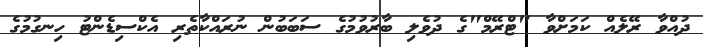
ދުއްވާ ރޭލެއް ކަމަށްވާ "ޓްރޭމް"ގެ ދުވެލި ބާރުވުމުގެ ސަބަބުން ނުރައްކާތެރި އެކްސިޑެންޓު ހިނގުމުގެ